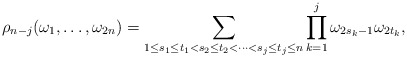
\begin{align*} \rho_{n-j}(\omega_1,\ldots,\omega_{2n})=\sum_{1\leq s_1\leq t_1<s_2\leq t_2<\cdots < s_j\leq t_j\leq n} \prod_{k=1}^j\omega_{2s_k-1}\omega_{2t_k}, \end{align*}